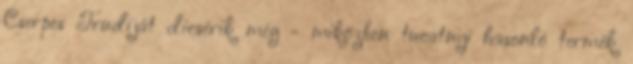
Cserpes Trudiját dicsérik még - miközben tucatnyi hasonló termék